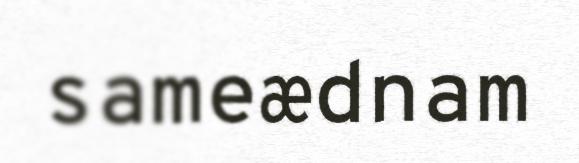
sameædnam